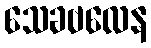
သေခဗလေန